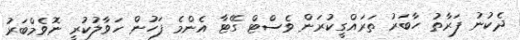
ދެކުނު ފަރާތު ހާބަރު ތަރައްގީކުރަން ވެސްޓް ގޭޓާ އެންމެ ފަހުން ހަވާލުކުރީ ނޮވެމްބަރު